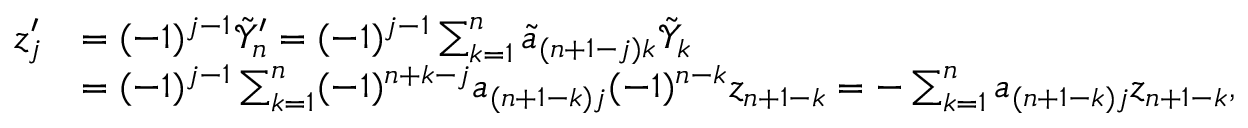
\begin{array} { r l } { z _ { j } ^ { \prime } } & { = ( - 1 ) ^ { j - 1 } \tilde { \mathcal { Y } } _ { n } ^ { \prime } = ( - 1 ) ^ { j - 1 } \sum _ { k = 1 } ^ { n } \tilde { a } _ { ( n + 1 - j ) k } \tilde { \mathcal { Y } } _ { k } } \\ & { = ( - 1 ) ^ { j - 1 } \sum _ { k = 1 } ^ { n } ( - 1 ) ^ { n + k - j } a _ { ( n + 1 - k ) j } ( - 1 ) ^ { n - k } z _ { n + 1 - k } = - \sum _ { k = 1 } ^ { n } a _ { ( n + 1 - k ) j } z _ { n + 1 - k } , } \end{array}